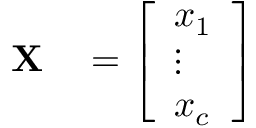
\begin{array} { r l } { \mathbf { X } } & { { } = \left[ \begin{array} { l } { x _ { 1 } } \\ { \vdots } \\ { x _ { c } } \end{array} \right] } \end{array}